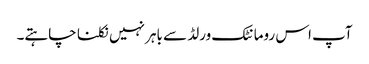
آپ اس رومانٹک ورلڈ سے باہر نہیں نکلنا چاہتے۔